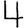
Digit: 4